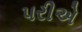
પરીએ